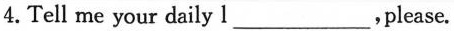
4.Tell me your daily l___ ,please.